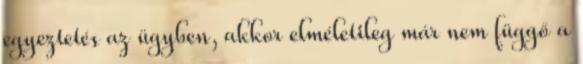
egyeztetés az ügyben, akkor elméletileg már nem függő a